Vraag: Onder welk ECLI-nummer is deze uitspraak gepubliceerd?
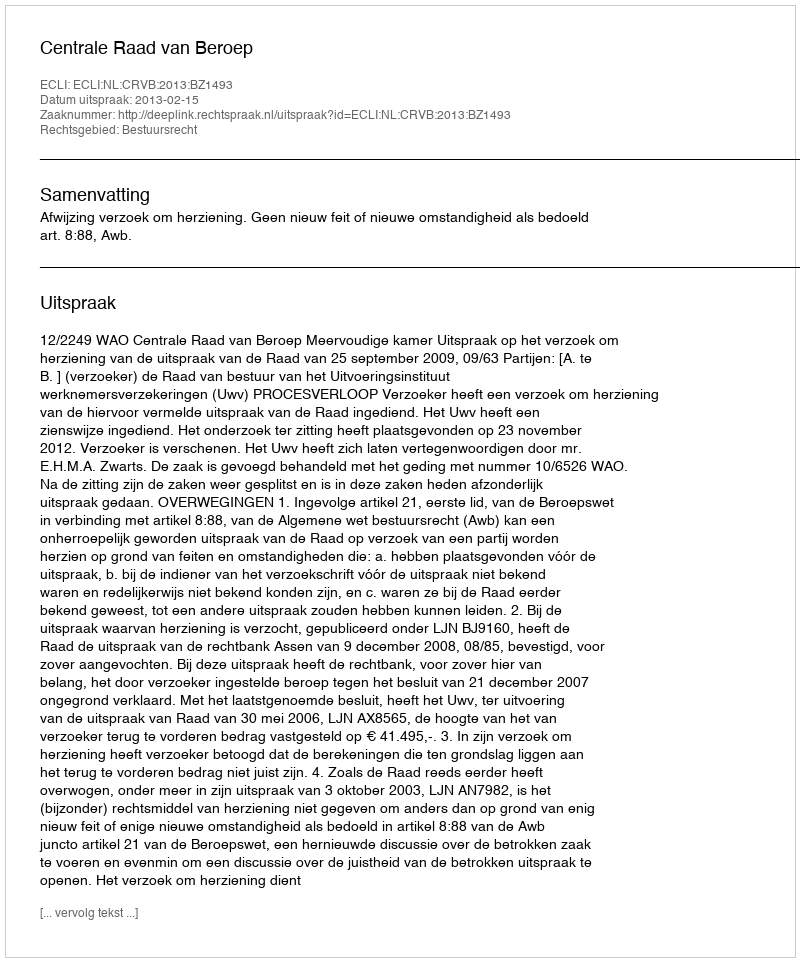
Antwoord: ECLI:NL:CRVB:2013:BZ1493